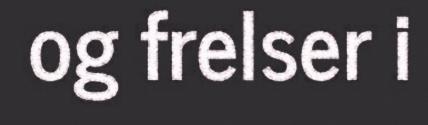
og frelser i